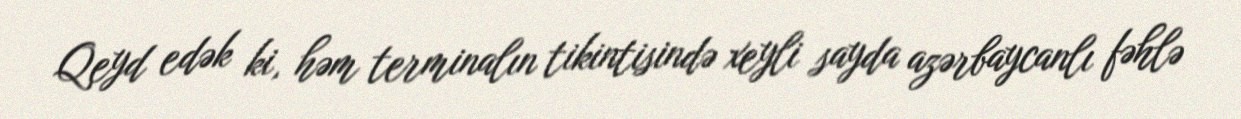
Qeyd edək ki, həm terminalın tikintisində xeyli sayda azərbaycanlı fəhlə